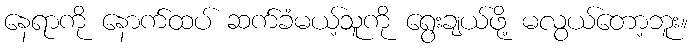
နေရာကို နောက်ထပ် ဆက်ခံမယ့်သူကို ရွေးချယ်ဖို့ မလွယ်တော့ဘူး။